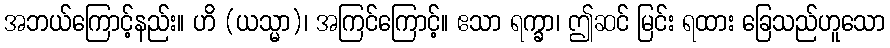
အဘယ်ကြောင့်နည်း။ ဟိ (ယသ္မာ)၊ အကြင်ကြောင့်။ ဧသာ ရက္ခာ၊ ဤဆင် မြင်း ရထား ခြေသည်ဟူသော